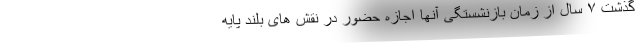
گذشت ۷ سال از زمان بازنشستگی آنها اجازه حضور در نقش های بلند پایه